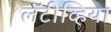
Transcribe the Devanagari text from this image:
लॅटीव्हिया